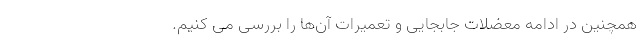
همچنین در ادامه معضلات جابجایی و تعمیرات آن­ها را بررسی می­ کنیم.